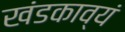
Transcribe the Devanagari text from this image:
खंडकाव्यं